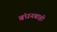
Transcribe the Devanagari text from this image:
बंधनबाहो